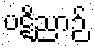
ပဋိညာဉ်